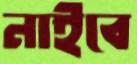
নাইবে